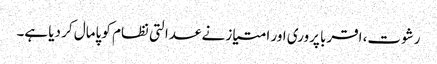
رشوت، اقربا پروری اور امتیاز نے عدالتی نظام کو پامال کر دیا ہے۔